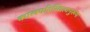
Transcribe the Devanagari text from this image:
कालपरिस्थित्यनुरूप